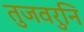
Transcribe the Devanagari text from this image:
तुजवरुनि